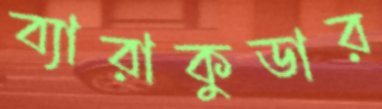
ব্যারাকুডার